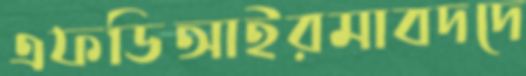
এফডিআইরমাবদদে